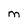
Character: M